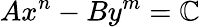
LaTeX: Ax^{n}-By^{m}=\mathbb{C}